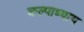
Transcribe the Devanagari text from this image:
कल्पाध्याय